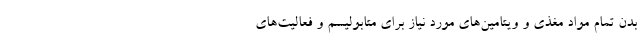
بدن تمام مواد مغذی و ویتامین‌های مورد نیاز برای متابولیسم و فعالیت‌های